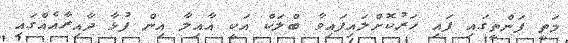
މަތީ ފަންތީގައި ފައި ހަރުކޮށްލައިފައިވާ ބްލަކް އަކީ އާއިލާ އިން ފުޅާ ދާއިރާއެއްގައި